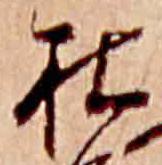
杜